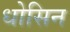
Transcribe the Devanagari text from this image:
धोसिन